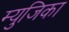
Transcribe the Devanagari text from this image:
म्युजिका